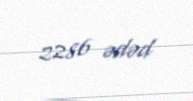
2286 ədəd